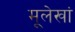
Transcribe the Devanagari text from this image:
मूलेखां